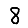
Digit: 8